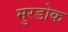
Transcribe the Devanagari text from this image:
मुरडोक